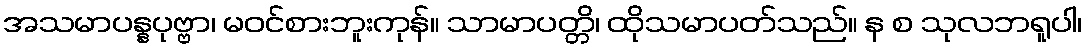
အသမာပန္နပုဗ္ဗာ၊ မဝင်စားဘူးကုန်။ သာမာပတ္တိ၊ ထိုသမာပတ်သည်။ န စ သုလဘရူပါ၊